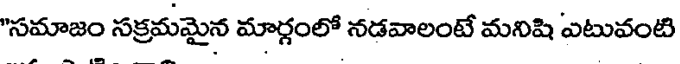
"సమాజం సక్రమమైన మార్గంలో నడవాలంటే మనిషి ఎటువంటి